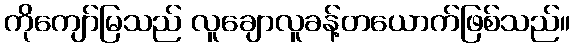
ကိုကျော်မြသည် လူချောလူခန့်တယောက်ဖြစ်သည်။